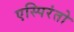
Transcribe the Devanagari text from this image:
एस्पिरंतो